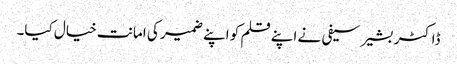
ڈاکٹر بشیر سیفی نے اپنے قلم کو اپنے ضمیر کی امانت خیال کیا۔